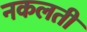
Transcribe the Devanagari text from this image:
नकलती